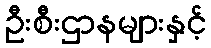
ဦးစီးဌာနများနှင့်